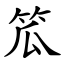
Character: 笟